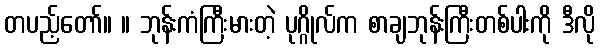
တပည့်တော်။ ။ ဘုန်းကံကြီးမားတဲ့ ပုဂ္ဂိုလ်က စာချဘုန်းကြီးတစ်ပါးကို ဒီလို